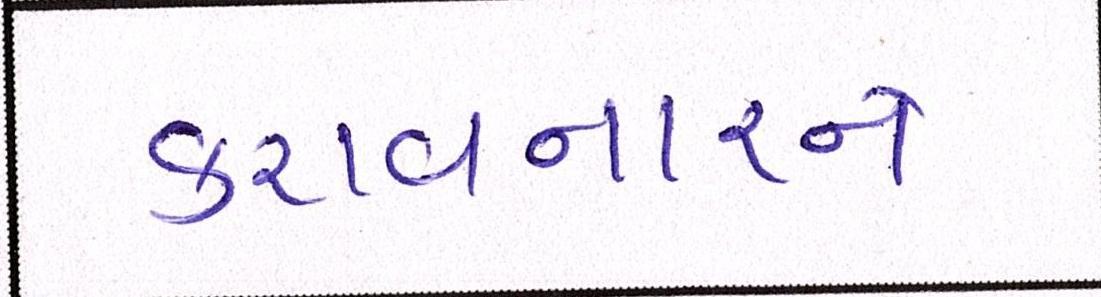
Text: કરાવનારને